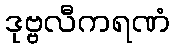
ဒုဗ္ဗလီကရဏံ